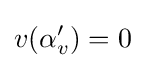
v(\alpha '_{v})=0